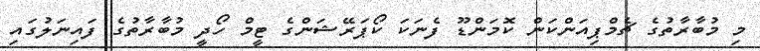
މި މުބާރާތުގެ ޗެމްޕިއަންކަން ކޮމަންޑޫ ފެނަކަ ކޯޕަރޭޝަންގެ ޓީމް ހޯދީ މުބާރާތުގެ ފައިނަލުގައި